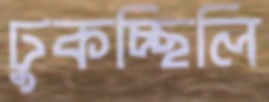
ঢুকচ্ছিলি